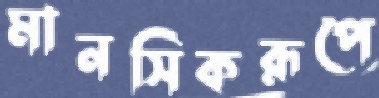
মানসিকরূপে